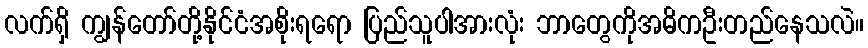
လက်ရှိ ကျွန်တော်တို့နိုင်ငံအစိုးရရော ပြည်သူပါအားလုံး ဘာတွေကိုအဓိကဦးတည်နေသလဲ။